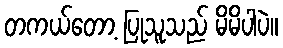
တကယ်တော့ ပြုသူသည် မိမိပါပဲ။